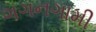
ગગનગામી